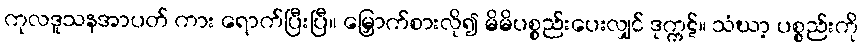
ကုလဒူသနအာပတ် ကား ရောက်ပြီးပြီ။ မြှောက်စားလို၍ မိမိပစ္စည်းပေးလျှင် ဒုက္ကဋ်။ သံဃာ့ ပစ္စည်းကို